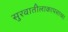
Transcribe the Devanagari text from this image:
सुरवातीलाकापसाच्या